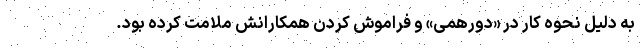
به دلیل نحوه کار در «دورهمی» و فراموش کردن همکارانش ملامت کرده بود.